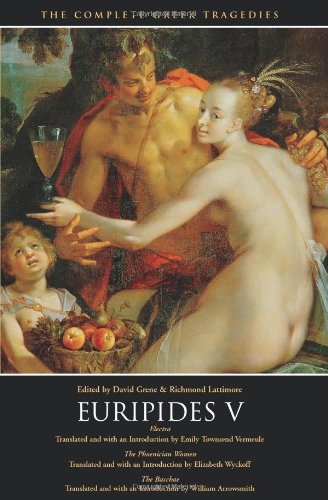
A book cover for Euripides V: Electra, The Phoenician Women, The Bacchae (The Complete Greek Tragedies) (Vol 5); Euripides; Literature & Fiction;